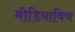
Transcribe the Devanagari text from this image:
मीडियाविच